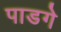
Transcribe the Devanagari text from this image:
पाडगे